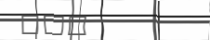
٢٥٨